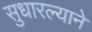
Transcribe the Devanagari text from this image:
सुधारल्याने